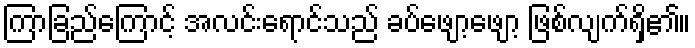
ကြာခြည်ကြောင့် အလင်းရောင်သည် ခပ်ဖျော့ဖျော့ ဖြစ်လျက်ရှိ၏။